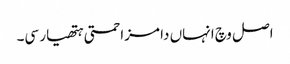
اصل وچ انہاں دا مزاحمتی ہتھیار سی۔